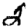
Digit: 2